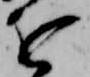
を